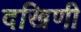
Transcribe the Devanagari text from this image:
दखिणी